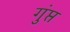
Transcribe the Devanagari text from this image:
गुंप्त